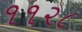
૧૧૨૮